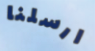
ارسلنا